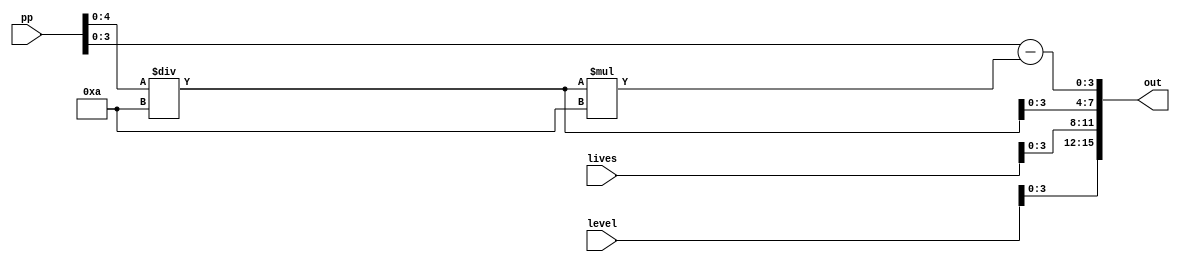
/*
   This file was generated automatically by Alchitry Labs version 1.2.1.
   Do not edit this file directly. Instead edit the original Lucid source.
   This is a temporary file and any changes made to it will be destroyed.
*/

module converter_7 (
    input [15:0] pp,
    input [15:0] lives,
    input [15:0] level,
    output reg [15:0] out
  );
  
  
  
  reg [4:0] diff;
  
  reg [4:0] diff2;
  
  always @* begin
    diff = (pp[0+4-:5] - ((pp[0+4-:5] / 5'h0a) * 5'h0a));
    out[0+3-:4] = diff[0+3-:4];
    diff2 = (pp[0+4-:5] / 5'h0a);
    out[4+3-:4] = diff2[0+3-:4];
    out[8+3-:4] = lives[0+3-:4];
    out[12+3-:4] = level[0+3-:4];
  end
endmodule